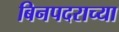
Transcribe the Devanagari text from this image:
बिनपदराच्या